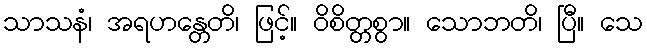
သာသနံ၊ အရဟန္တေတိ၊ ဖြင့်။ ဝိစိတ္တစွာ။ သောဘတိ၊ ပြီ။ သေ